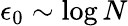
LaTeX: \epsilon_{0}\sim\log N